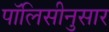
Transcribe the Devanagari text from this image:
पॉलिसीनुसार